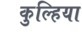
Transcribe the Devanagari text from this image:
कुल्हिया